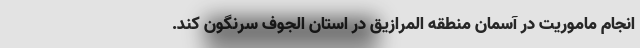
انجام ماموریت در آسمان منطقه المرازیق در استان الجوف سرنگون کند.